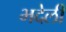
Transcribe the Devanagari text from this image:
भदेली